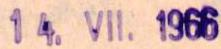
14.VII. 1966